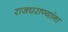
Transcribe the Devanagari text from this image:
राजघराण्यांना